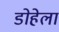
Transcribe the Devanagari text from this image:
डोहेला